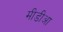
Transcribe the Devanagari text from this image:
मीडीआ